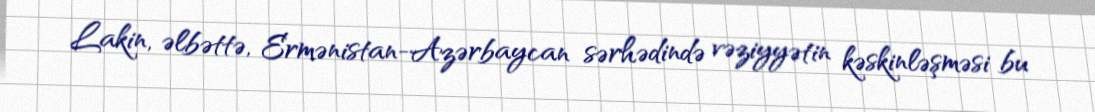
Lakin, əlbəttə, Ermənistan-Azərbaycan sərhədində vəziyyətin kəskinləşməsi bu